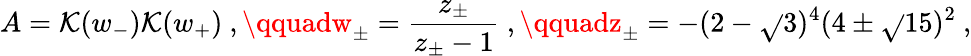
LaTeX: A=\mathcal{K}(w_{-})\mathcal{K}(w_{+})\ ,\qquadw_{\pm}=\frac{{z_{\pm}}}{{z_{\pm}-1}}\ ,\qquadz_{\pm}=-(2-\sqrt{}{{3}})^{4}(4\pm\sqrt{}{{15}})^{2}\ ,